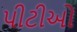
પીટીઓ